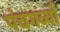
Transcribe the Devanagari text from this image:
पंचगव्यों